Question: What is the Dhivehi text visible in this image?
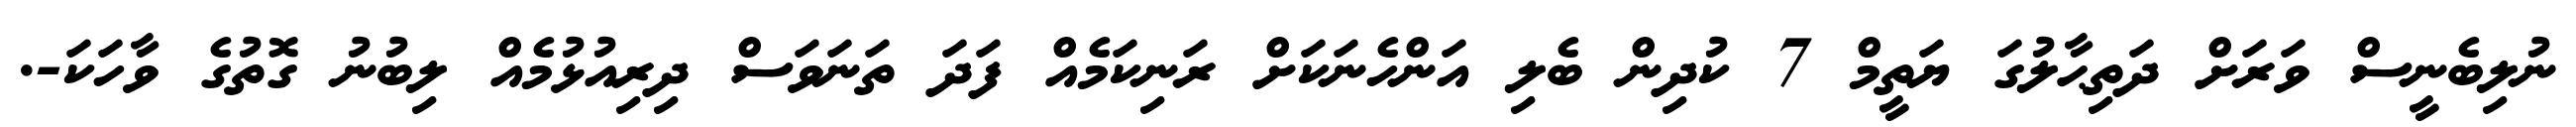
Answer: ނުލިބެނީސް ވަރަށް ދަތިޙާލުގަ ޔަތީމް 7 ކުދިން ބެލި އަންހެނަކަށް ރަނިކަމެއް ފަދަ ތަނަވަސް ދިރިއުޅުމެއް ލިބުނު ގޮތުގެ ވާހަކަ-.